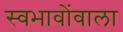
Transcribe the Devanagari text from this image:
स्वभावोंवाला